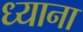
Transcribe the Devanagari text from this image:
ध्याना